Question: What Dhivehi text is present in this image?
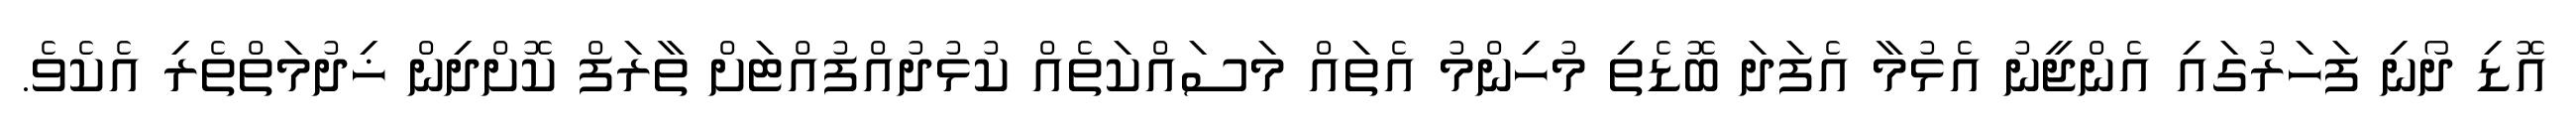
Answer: އޮޑި ދޯނި ފަހަރުގައި އެންޖީނު އެޅުމާ އެފަދަ ބޮޑެތި މުހިންމު އެތައް މަސައްކަތެއް ކުޅުދުއްފުއްޓަށް ތާރަފް ކޮށްދިން ޚިދުމަތްތެރި އެކެވެ.